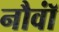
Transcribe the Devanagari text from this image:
नौवॉं